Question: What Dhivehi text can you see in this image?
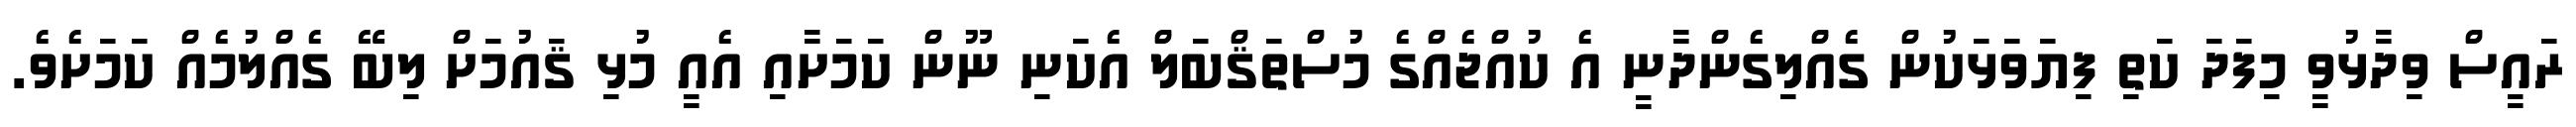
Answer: ރައީސް ވިދާޅުވީ މިފަދަ ކަތި ފިޔަވަޅަކުން ގެއްލިގެންދާނީ އެ ކުއްޖެއްގެ މުސްތަޤްބަލް އެކަނި ނޫން ކަމަށާއި އެއީ މުޅި ޤައުމަށް ލިބޭ ގެއްލުމެއް ކަމަށެވެ.